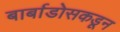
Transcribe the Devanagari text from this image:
बार्बाडोसकडून